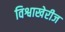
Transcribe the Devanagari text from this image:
विश्वाखेरीज